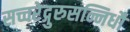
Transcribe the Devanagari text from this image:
सच्चरेद्गुरुसन्निधौ